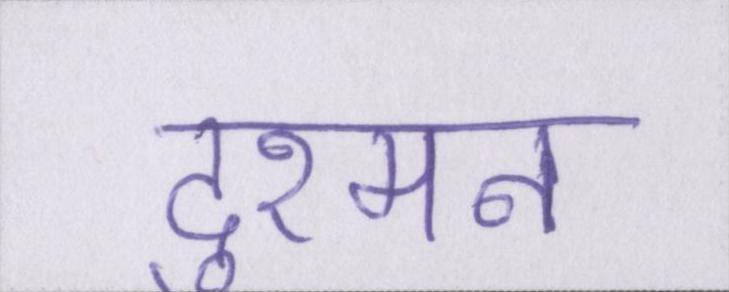
दुश्मन